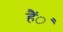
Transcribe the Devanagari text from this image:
हैंै